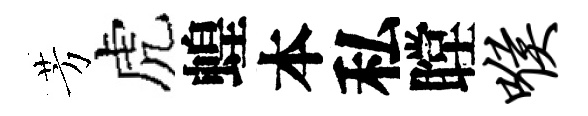
芳虎蝗本私瞠喉